Report on plague in the Punjab from October 1st ... to September 30th ..., being the ... season of plague in the province
Disease focus: Plague
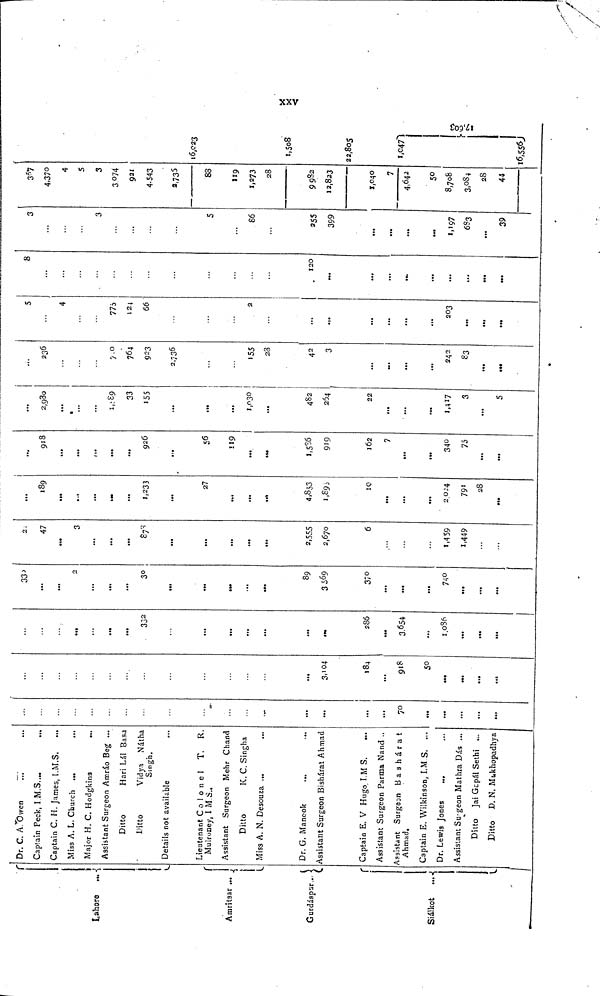
Lahore ...
Amritsar ...
Gurdáspur..
Siálkot
...
Dr. C. A. Owen
Captain Peck, I M.S....
Captain C. H. James, I.M.S.
Miss A. L. Church ...
Major H. C. Hodgkins
Assistant Surgeon Amráo Beg ...
Ditto
Hari Lál Basa
Ditto
Vidya
Nátha
Singh.
Details not available
Lieutenant Colonel
T.
R.
Mulroney, I M.S..
Assistant Surgeon Mehr Chand
Ditto
K. C. Singha
Miss A. N. Desouza ...
Dr. G. Mancok
...
Assistant Surgeon Bishárat Ahmad
Captain E. V Hugo. I.M S.
Assistant Surgeon Parma Nand ..
Assistant Surgesn Bashárat
Ahmad.
Captain E. Wilkinson, I.M S. .,.
Dr. Lewis Jones
...
Assistant Surgeon Mathra Dás ...
Ditto Jai Gopál Sethi ...
Ditto D. N. Mukhopadhya
...
...
...
70
...
...
...
...
184
...
918
50
...
.
...
•••
...
...
...
...
...
286
...
3,654
1,086
...
...
...
...
2
...
...
...
...
••
...
..
89
3569
370
...
...
740
...
...
...
2
47
3
...
...
...
873
...
...
...
...
2,555
2,670
6
1,459
1,449
189
...
...
...
...
1,233
...
27
...
...
4,853
10
...
...
2024
79
28
...
...
918
...
...
...
...
926
...
56
119
1,536
919
162
7
340
75
...
...
...
2,980
...
...
1,989
33
155
...
...
1,030
...
482
264
22
...
...
3
...
5
236
7.0
764
923
2,736
...
155
28
42
3
...
...
...
242
83
...
...
5
4
775
124
66
2
...
...
...
203
..
...
...
8
...
120
...
...
...
...
...
...
3
3
5
86
255
399
...
...
1,197
6S3
...
39
367
4,370
4
5
3
3074
921
4,543
2,735
88
119
1,273
28
9982
12,823
1,040
7
4,642
50
8,708
3,084
28
44
16,023
1,508
22,805
1,047
16,556
xxv